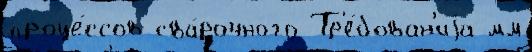
проце́ссов сва́рочного Тр'е́бован'иjа мм